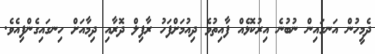
ދެމީހުން އަނގައިން ނުބުނެ އިރުކޮޅެއް ފާއިތުވެ ދިއުމަށްފަހު ރާފިލް ދޮރާއި ދިމާއަށް ހިނގައިގެންފިއެވެ.